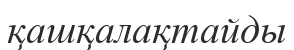
қашқалақтайды